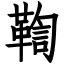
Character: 鞫